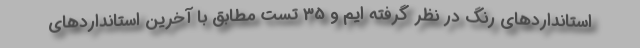
استانداردهای رنگ در نظر گرفته ایم و 35 تست مطابق با آخرین استانداردهای